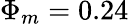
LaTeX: \Phi_{m}=0.24